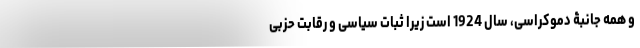
و همه جانبۀ دموکراسی، سال 1924 است زیرا ثباتِ سیاسی و رقابتِ حزبی